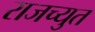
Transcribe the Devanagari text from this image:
राजच्युत